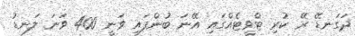
ދަގަނޑޭ ރޭ ކުރި ޓްވީޓެއްގައި އޭނަ ބުންފައި ވަނީ 400 ވަނަ ލަނޑު